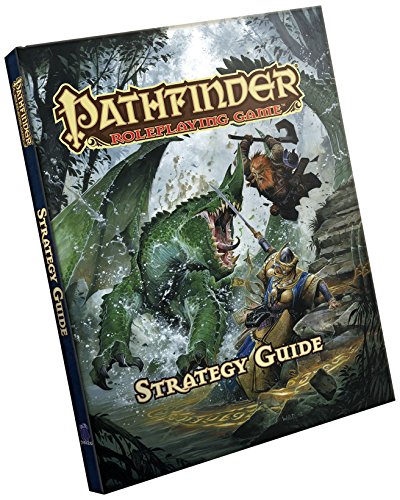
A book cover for Pathfinder RPG: Strategy Guide (Pathfinder Roleplaying Game); Wolfgang Baur; Science Fiction & Fantasy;